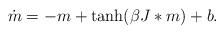
LaTeX: \begin{align*}\dot{m}=-m+\tanh(\beta J\ast m)+b.\end{align*}